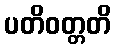
ပတိဝတ္တတိ